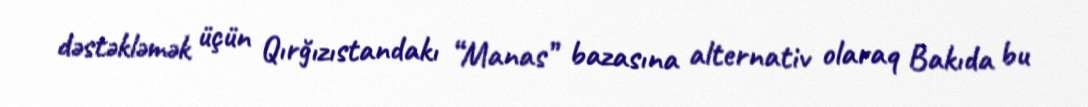
dəstəkləmək üçün Qırğızıstandakı “Manas” bazasına alternativ olaraq Bakıda bu